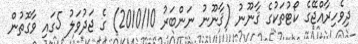
ދިވެހިރާއްޖޭގެ ކޯޓުތަކުގެ ޤާނޫނު (ޤާނޫނު ނަންބަރު 2010/10) ގެ ޖަދުވަލު 5ގައި ވާގޮތުން